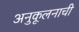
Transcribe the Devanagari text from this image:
अनुकूलनाची